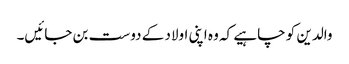
والدین کو چاہیے کہ وہ اپنی اولاد کے دوست بن جائیں۔